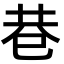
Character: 巷